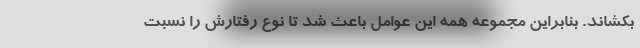
بکشاند. بنابراین مجموعه همه این عوامل باعث شد تا نوع رفتارش را نسبت